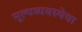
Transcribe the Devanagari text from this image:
मूल्यव्यवस्थेचा